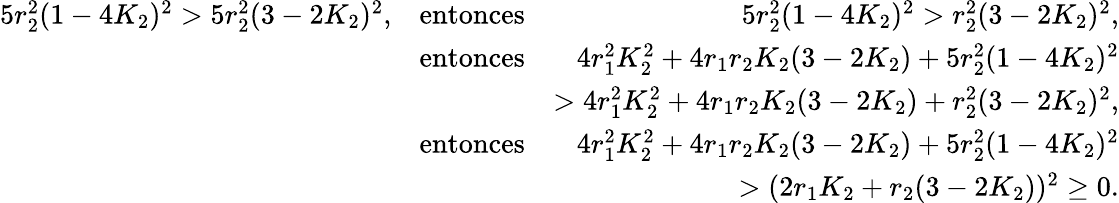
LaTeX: \begin{array}{rlr}{5r_{2}^{2}(1-4K_{2})^{2}>5r_{2}^{2}(3-2K_{2})^{2},}&{\mathrm{entonces}}&{5r_{2}^{2}(1-4K_{2})^{2}>r_{2}^{2}(3-2K_{2})^{2},}\\ &{\mathrm{entonces}}&{4r_{1}^{2}K_{2}^{2}+4r_{1}r_{2}K_{2}(3-2K_{2})+5r_{2}^{2}(1-4K_{2})^{2}}\\ &{}&{>4r_{1}^{2}K_{2}^{2}+4r_{1}r_{2}K_{2}(3-2K_{2})+r_{2}^{2}(3-2K_{2})^{2},}\\ &{\mathrm{entonces}}&{4r_{1}^{2}K_{2}^{2}+4r_{1}r_{2}K_{2}(3-2K_{2})+5r_{2}^{2}(1-4K_{2})^{2}}\\ &{}&{>(2r_{1}K_{2}+r_{2}(3-2K_{2}))^{2}\geq 0.}\end{array}